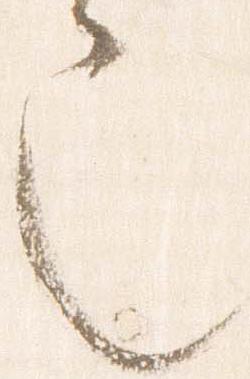
也